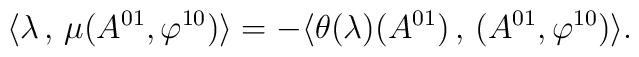
\langle \lambda\,,\,\mu(A^{01},\varphi^{10})\rangle=-\langle \theta(\lambda)(A^{01})\,,\,(A^{01},\varphi^{10})\rangle.